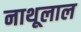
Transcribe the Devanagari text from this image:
नाथूलाल